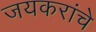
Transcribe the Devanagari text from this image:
जयकरांचे